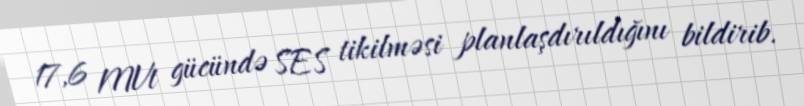
17,6 MVt gücündə SES tikilməsi planlaşdırıldığını bildirib.